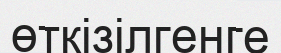
өткізілгенге